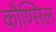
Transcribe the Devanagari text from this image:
कौण्सिल